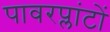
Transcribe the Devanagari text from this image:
पावरप्लांटों